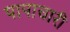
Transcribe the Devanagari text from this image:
पापाचारी